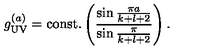
g _ { \tiny \mathrm { U V } } ^ { ( a ) } = \mathrm { c o n s t . } \left( { \frac { \sin { \frac { \pi a } { k + l + 2 } } } { \sin { \frac { \pi } { k + l + 2 } } } } \right) .